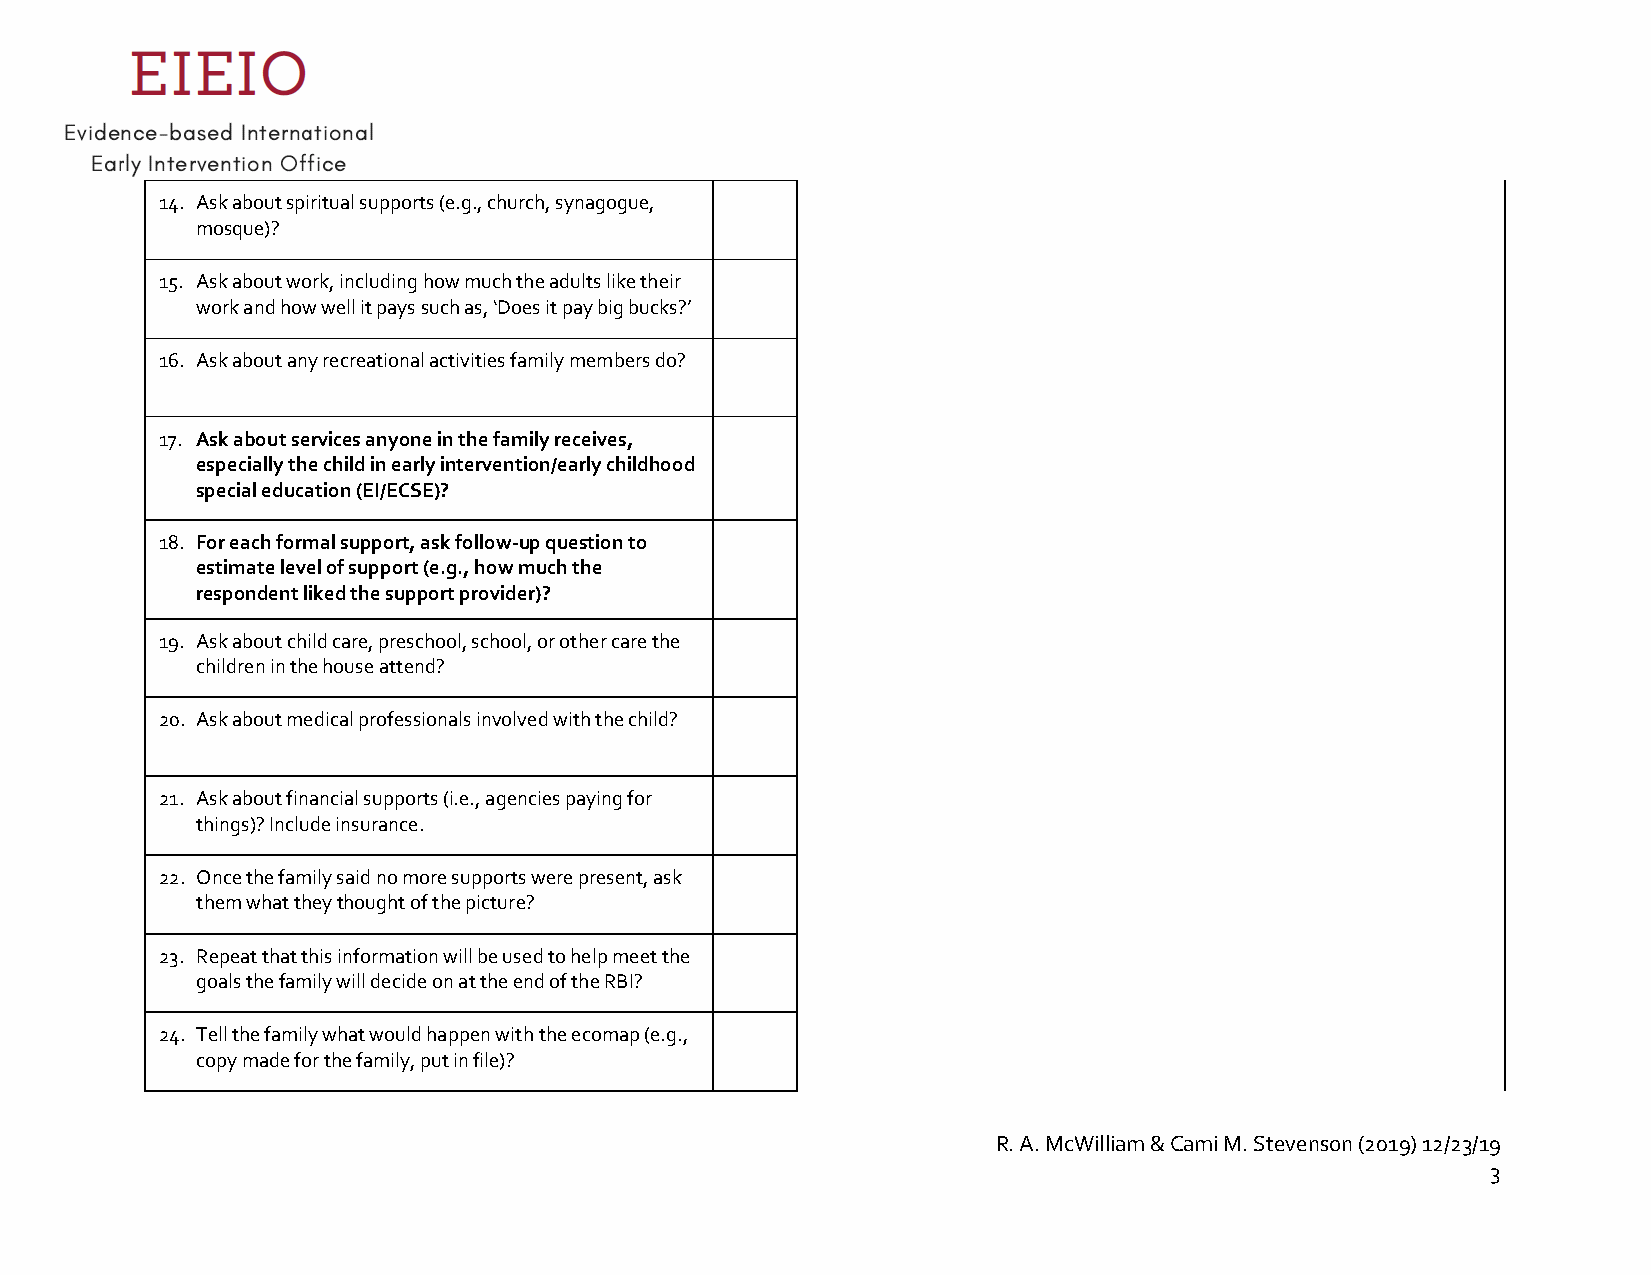
14. Ask about spiritual supports (e.g., church, synagogue,
 mosque)?
 15. Ask about work, including how much the adults like their
 work and how well it pays such as, ‘Does it pay big bucks?’
 16. Ask about any recreational activities family members do?
 17. Ask about services anyone in the family receives,
 especially the child in early intervention/early childhood
 special education (EI/ECSE)?
 18. For each formal support, ask follow-up question to
 estimate level of support (e.g., how much the
 respondent liked the support provider)?
 19. Ask about child care, preschool, school, or other care the
 children in the house attend?
 20. Ask about medical professionals involved with the child?
 21. Ask about financial supports (i.e., agencies paying for
 things)? Include insurance.
 22. Once the family said no more supports were present, ask
 them what they thought of the picture?
 23. Repeat that this information will be used to help meet the
 goals the family will decide on at the end of the RBI?
 24. Tell the family what would happen with the ecomap (e.g.,
 copy made for the family, put in file)?
 R. A. McWilliam & Cami M. Stevenson (2019) 12/23/19
 3